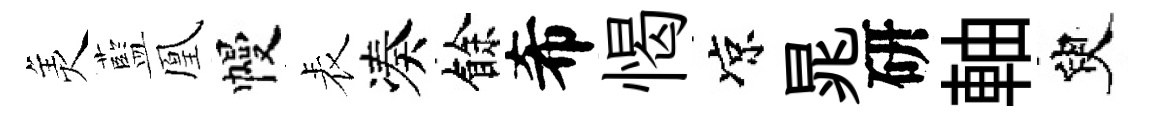
羙藍凰幔表凑餘希愒凉晁研軸臾